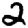
Digit: 2